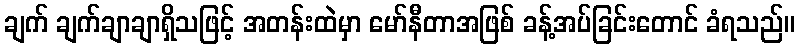
ချက် ချက်ချာချာရှိသဖြင့် အတန်းထဲမှာ မော်နီတာအဖြစ် ခန့်အပ်ခြင်းတောင် ခံရသည်။